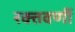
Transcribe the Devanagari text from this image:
रक्तवर्णी